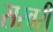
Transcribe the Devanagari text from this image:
सरवरी